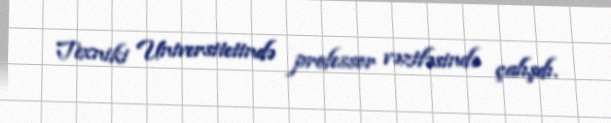
Texniki Universitetində professor vəzifəsində çalışdı.